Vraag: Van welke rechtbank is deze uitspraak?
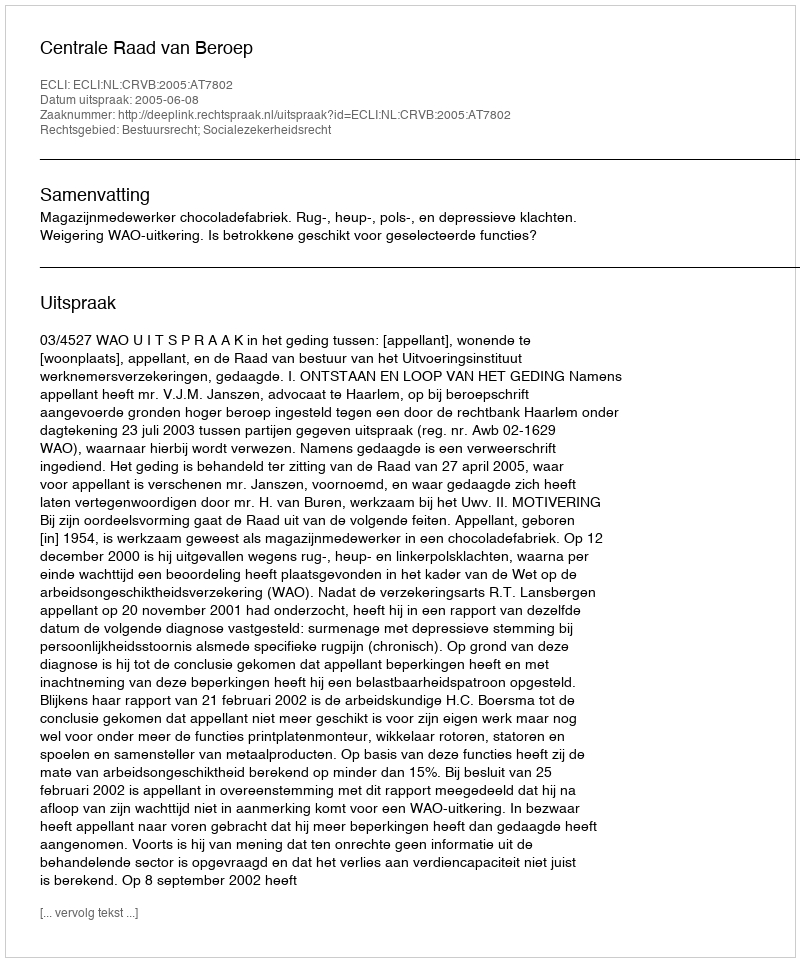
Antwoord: Centrale Raad van Beroep